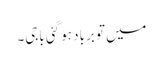
میں تو برباد ہو گئی باجی۔